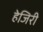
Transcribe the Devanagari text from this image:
हेजिरी